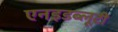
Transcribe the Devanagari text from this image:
एनइडब्लूटी